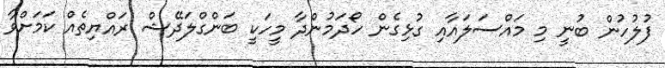
ފުލުހުން ބުނީ މި މައްސަލައާއި ގުޅިގެން ހޯދަމުންދާ މީހަކީ ބަންގްލަދޭޝް ރައްޔިތެއް ކަމަށްވާ